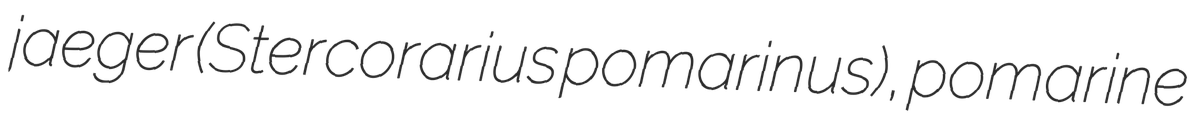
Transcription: jaeger (Stercorarius pomarinus), pomarine